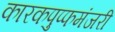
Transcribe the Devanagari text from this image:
कारकपुप्फमंजरी